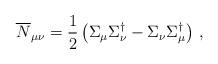
LaTeX: \begin{align*}\overline{N}_{\mu\nu}=\frac{1}{2}\left( \Sigma_{\mu}\Sigma_{\nu}^{\dagger}-\Sigma_{\nu}\Sigma_{\mu}^{\dagger}\right)\,,\end{align*}